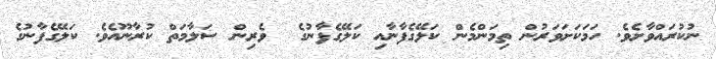
ނުކުރައްވާށެވެ. ހަމަކަށަވަރުން ތިމަންމެން ކަލޭގެފާނާއި ކަލޭގެފާނުގެ  ވެރިން ސަލާމަތް ކުރާނޫއެވެ. ކަލޭގެފާނުގެ